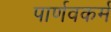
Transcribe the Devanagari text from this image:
पार्णवकर्म